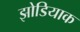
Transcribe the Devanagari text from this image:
झोडियाक